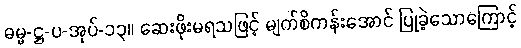
ဓမ္မ-ဋ္ဌ-ပ-အုပ်-၁၃။ ဆေးဖိုးမရသဖြင့် မျက်စိကန်းအောင် ပြုခဲ့သောကြောင့်